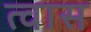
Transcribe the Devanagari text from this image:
त्वास